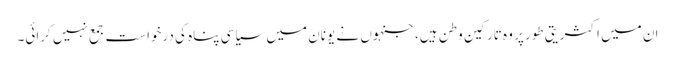
ان میں اکثریتی طور پر وہ تارکین وطن ہیں، جنہوں نے یونان میں سیاسی پناہ کی درخواست جمع نہیں کرائی۔